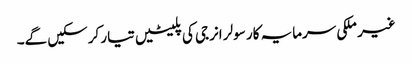
غیر ملکی سرمایہ کار سولر انرجی کی پلیٹیں تیار کرسکیں گے۔